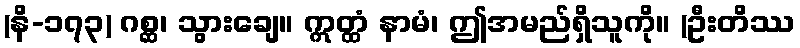
(နိ-၁၇၃) ဂစ္ဆ၊ သွားချေ။ ဣတ္ထံ နာမံ၊ ဤအမည်ရှိသူကို။ (ဦးတိဿ